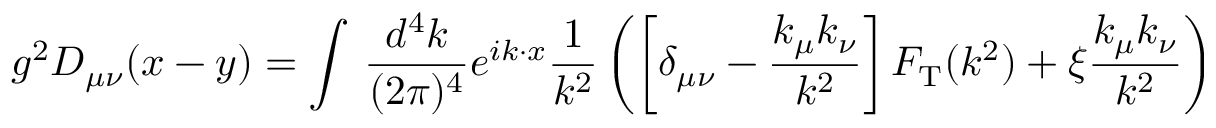
g ^ { 2 } D _ { \mu \nu } ( x - y ) = \int \, \frac { d ^ { 4 } k } { ( 2 \pi ) ^ { 4 } } e ^ { i k \cdot x } \frac { 1 } { k ^ { 2 } } \left( \left[ \delta _ { \mu \nu } - \frac { k _ { \mu } k _ { \nu } } { k ^ { 2 } } \right] F _ { \mathrm { T } } ( k ^ { 2 } ) + \xi \frac { k _ { \mu } k _ { \nu } } { k ^ { 2 } } \right)